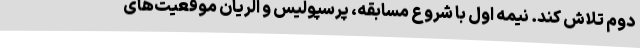
دوم تلاش کند. نیمه اول با شروع مسابقه، پرسپولیس و الریان موقعیت‌های